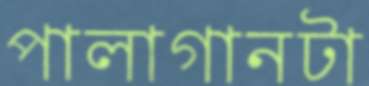
পালাগানটা